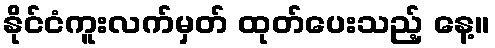
နိုင်ငံကူးလက်မှတ် ထုတ်ပေးသည့် နေ့။